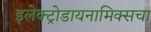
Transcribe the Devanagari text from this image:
इलेक्ट्रोडायनामिक्सचा